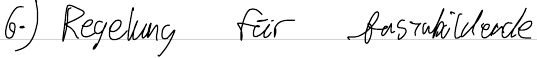
6.) Regelung für Auszubildende